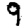
Digit: 9